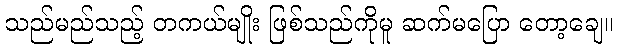
သည်မည်သည့် တကယ်မျိုး ဖြစ်သည်ကိုမူ ဆက်မပြော တော့ချေ။